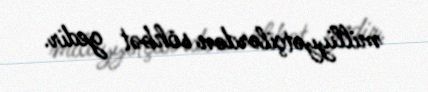
milliyyətçilərdən söhbət gedir.